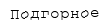
Подгорное